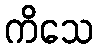
ကိသေ